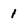
Character: 1